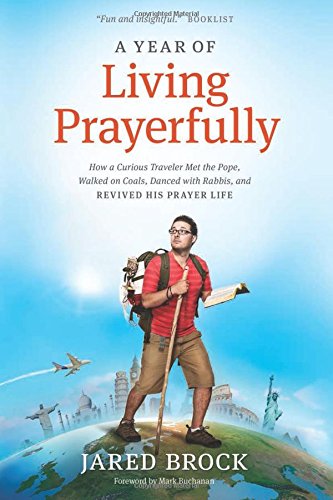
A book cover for A Year of Living Prayerfully: How A Curious Traveler Met the Pope, Walked on Coals, Danced with Rabbis, and Revived His Prayer Life; Jared Brock; Humor & Entertainment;